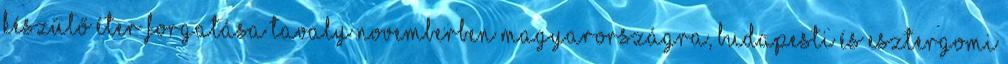
készülő Éter forgatása tavaly novemberben Magyarországra, budapesti és esztergomi